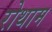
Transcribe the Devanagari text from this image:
रोथाम